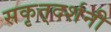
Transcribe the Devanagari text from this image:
सकृत्‌दर्शनी